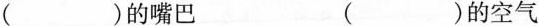
()的嘴巴 ()的空气